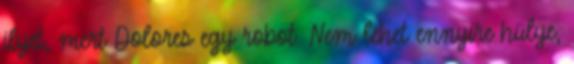
ilyet, mert Dolores egy robot. Nem lehet ennyire hülye,